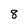
Character: 8